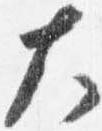
大